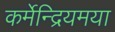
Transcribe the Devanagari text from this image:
कर्मेन्द्रियमया